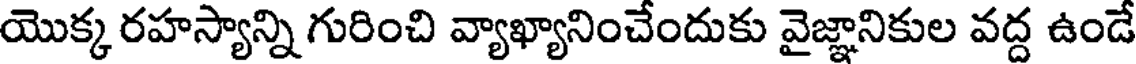
యొక్క రహస్యాన్ని గురించి వ్యాఖ్యానించేందుకు వైజ్ఞానికుల వద్ద ఉండే